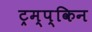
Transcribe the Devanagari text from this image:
ट्रम्प्किन